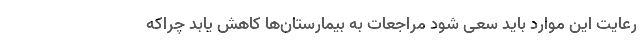
رعایت این موارد باید سعی شود مراجعات به بیمارستان‌ها کاهش یابد چراکه